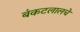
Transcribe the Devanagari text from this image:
बंकटलालचे